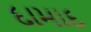
દામાદ